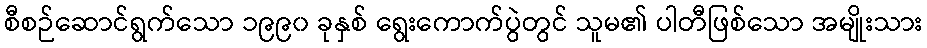
စီစဉ်ဆောင်ရွက်သော ၁၉၉၀ ခုနှစ် ရွေးကောက်ပွဲတွင် သူမ၏ ပါတီဖြစ်သော အမျိုးသား